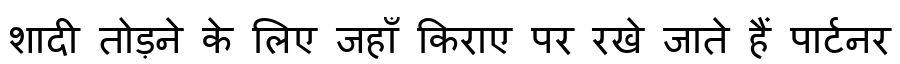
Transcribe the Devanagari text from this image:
शादी तोड़ने के लिए जहाँ किराए पर रखे जाते हैं पार्टनर